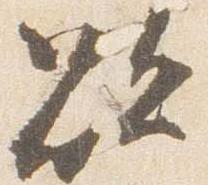
欲